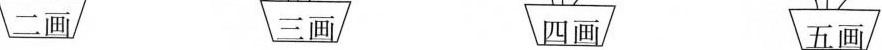
二画 三画 四画 五画